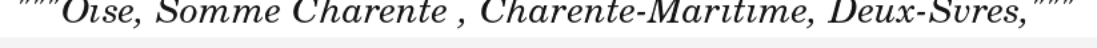
"""Oise, Somme Charente , Charente-Maritime, Deux-Svres,"""